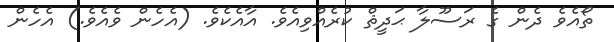
ތޯއެވެ ދެން ގެ ރަސޫލާ ޙަދީޘް ކުރެއްވިއެވެ. އާއެކެވެ. (އެހެން ވެއެވެ.) އެހެން